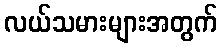
လယ်သမားများအတွက်